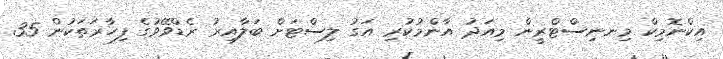
އިކްނޮމިކް މިނނިސްޓްރީން މިއަދު އާންމުކުރި އަގު ލިސްޓަށް ބަލާއިރު ރެޑްވޭވުގެ ފިހާރަތަކުން 35